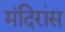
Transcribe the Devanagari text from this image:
मंदिरांस